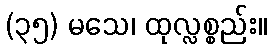
(၃၅) မသေ၊ ထုလ္လစ္စည်း။